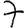
Digit: 7